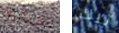
نخطط تلك